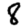
Digit: 8